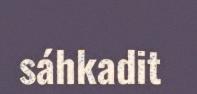
sáhkadit